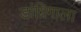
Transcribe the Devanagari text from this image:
डांग्रिगाला